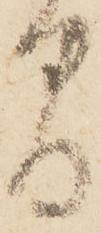
間